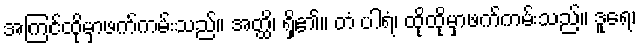
အကြင်ထိုမှာဖက်ကမ်းသည်။ အတ္ထိ၊ ရှိ၏။ တံ ပါရံ၊ ထိုထိုမှာဖက်ကမ်းသည်။ ဒူရေ၊